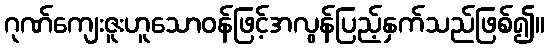
ဂုဏ်ကျေးဇူးဟူသောဝန်ဖြင့်အလွန်ပြည့်နှက်သည်ဖြစ်၍။